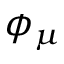
\phi _ { \mu }